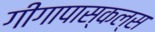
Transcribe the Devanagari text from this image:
गीगापास्कल्स